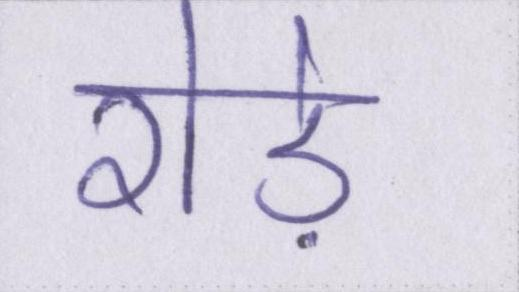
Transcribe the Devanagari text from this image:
रोड़े